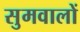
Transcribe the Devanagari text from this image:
सुमवालों